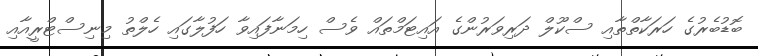
ބޮޑުބެރުގެ ހަރަކާތްތާއި ސްކޫލް ދަރިވަރުންގެ އައިޓަމްތައް ވެސް ހިމަނާފައިވާ ހަފުލާގައި ހެލްތު މިނިސްޓްރީއާއި